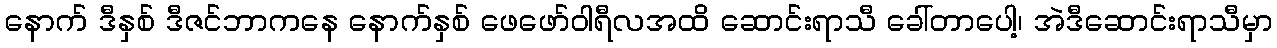
နောက် ဒီနှစ် ဒီဇင်ဘာကနေ နောက်နှစ် ဖေဖော်ဝါရီလအထိ ဆောင်းရာသီ ခေါ်တာပေါ့၊ အဲဒီဆောင်းရာသီမှာ